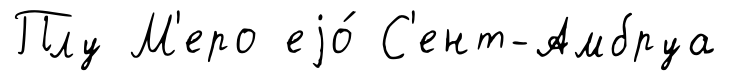
Плу М'еро еjо́ С'ент-Амбруа